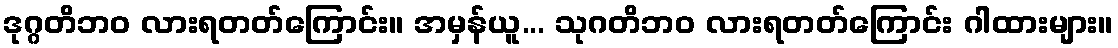
ဒုဂ္ဂတိဘဝ လားရတတ်ကြောင်း။ အမှန်ယူ... သုဂတိဘဝ လားရတတ်ကြောင်း ဂါထားများ။